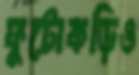
ফুটোকড়িও